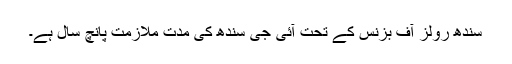
سندھ رولز آف بزنس کے تحت آئی جی سندھ کی مدت ملازمت پانچ سال ہے۔